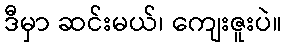
ဒီမှာ ဆင်းမယ်၊ ကျေးဇူးပဲ။